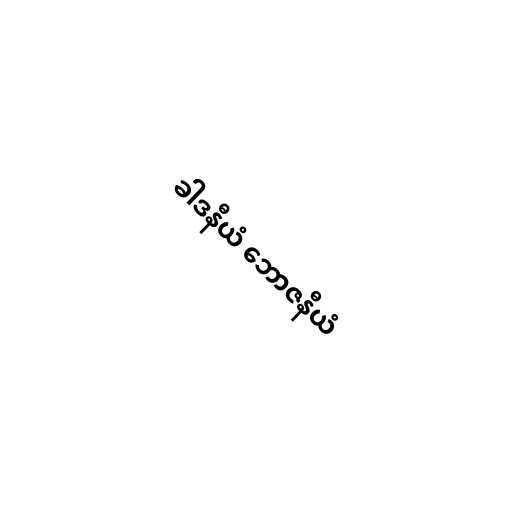
ခါဒနီယံ ဘောဇနီယံ